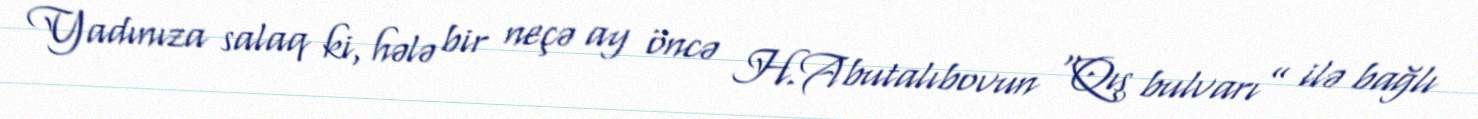
Yadınıza salaq ki, hələ bir neçə ay öncə H.Abutalıbovun “Qış bulvarı” ilə bağlı